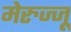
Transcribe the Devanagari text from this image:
मेरुज्जू